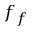
f _ { f }